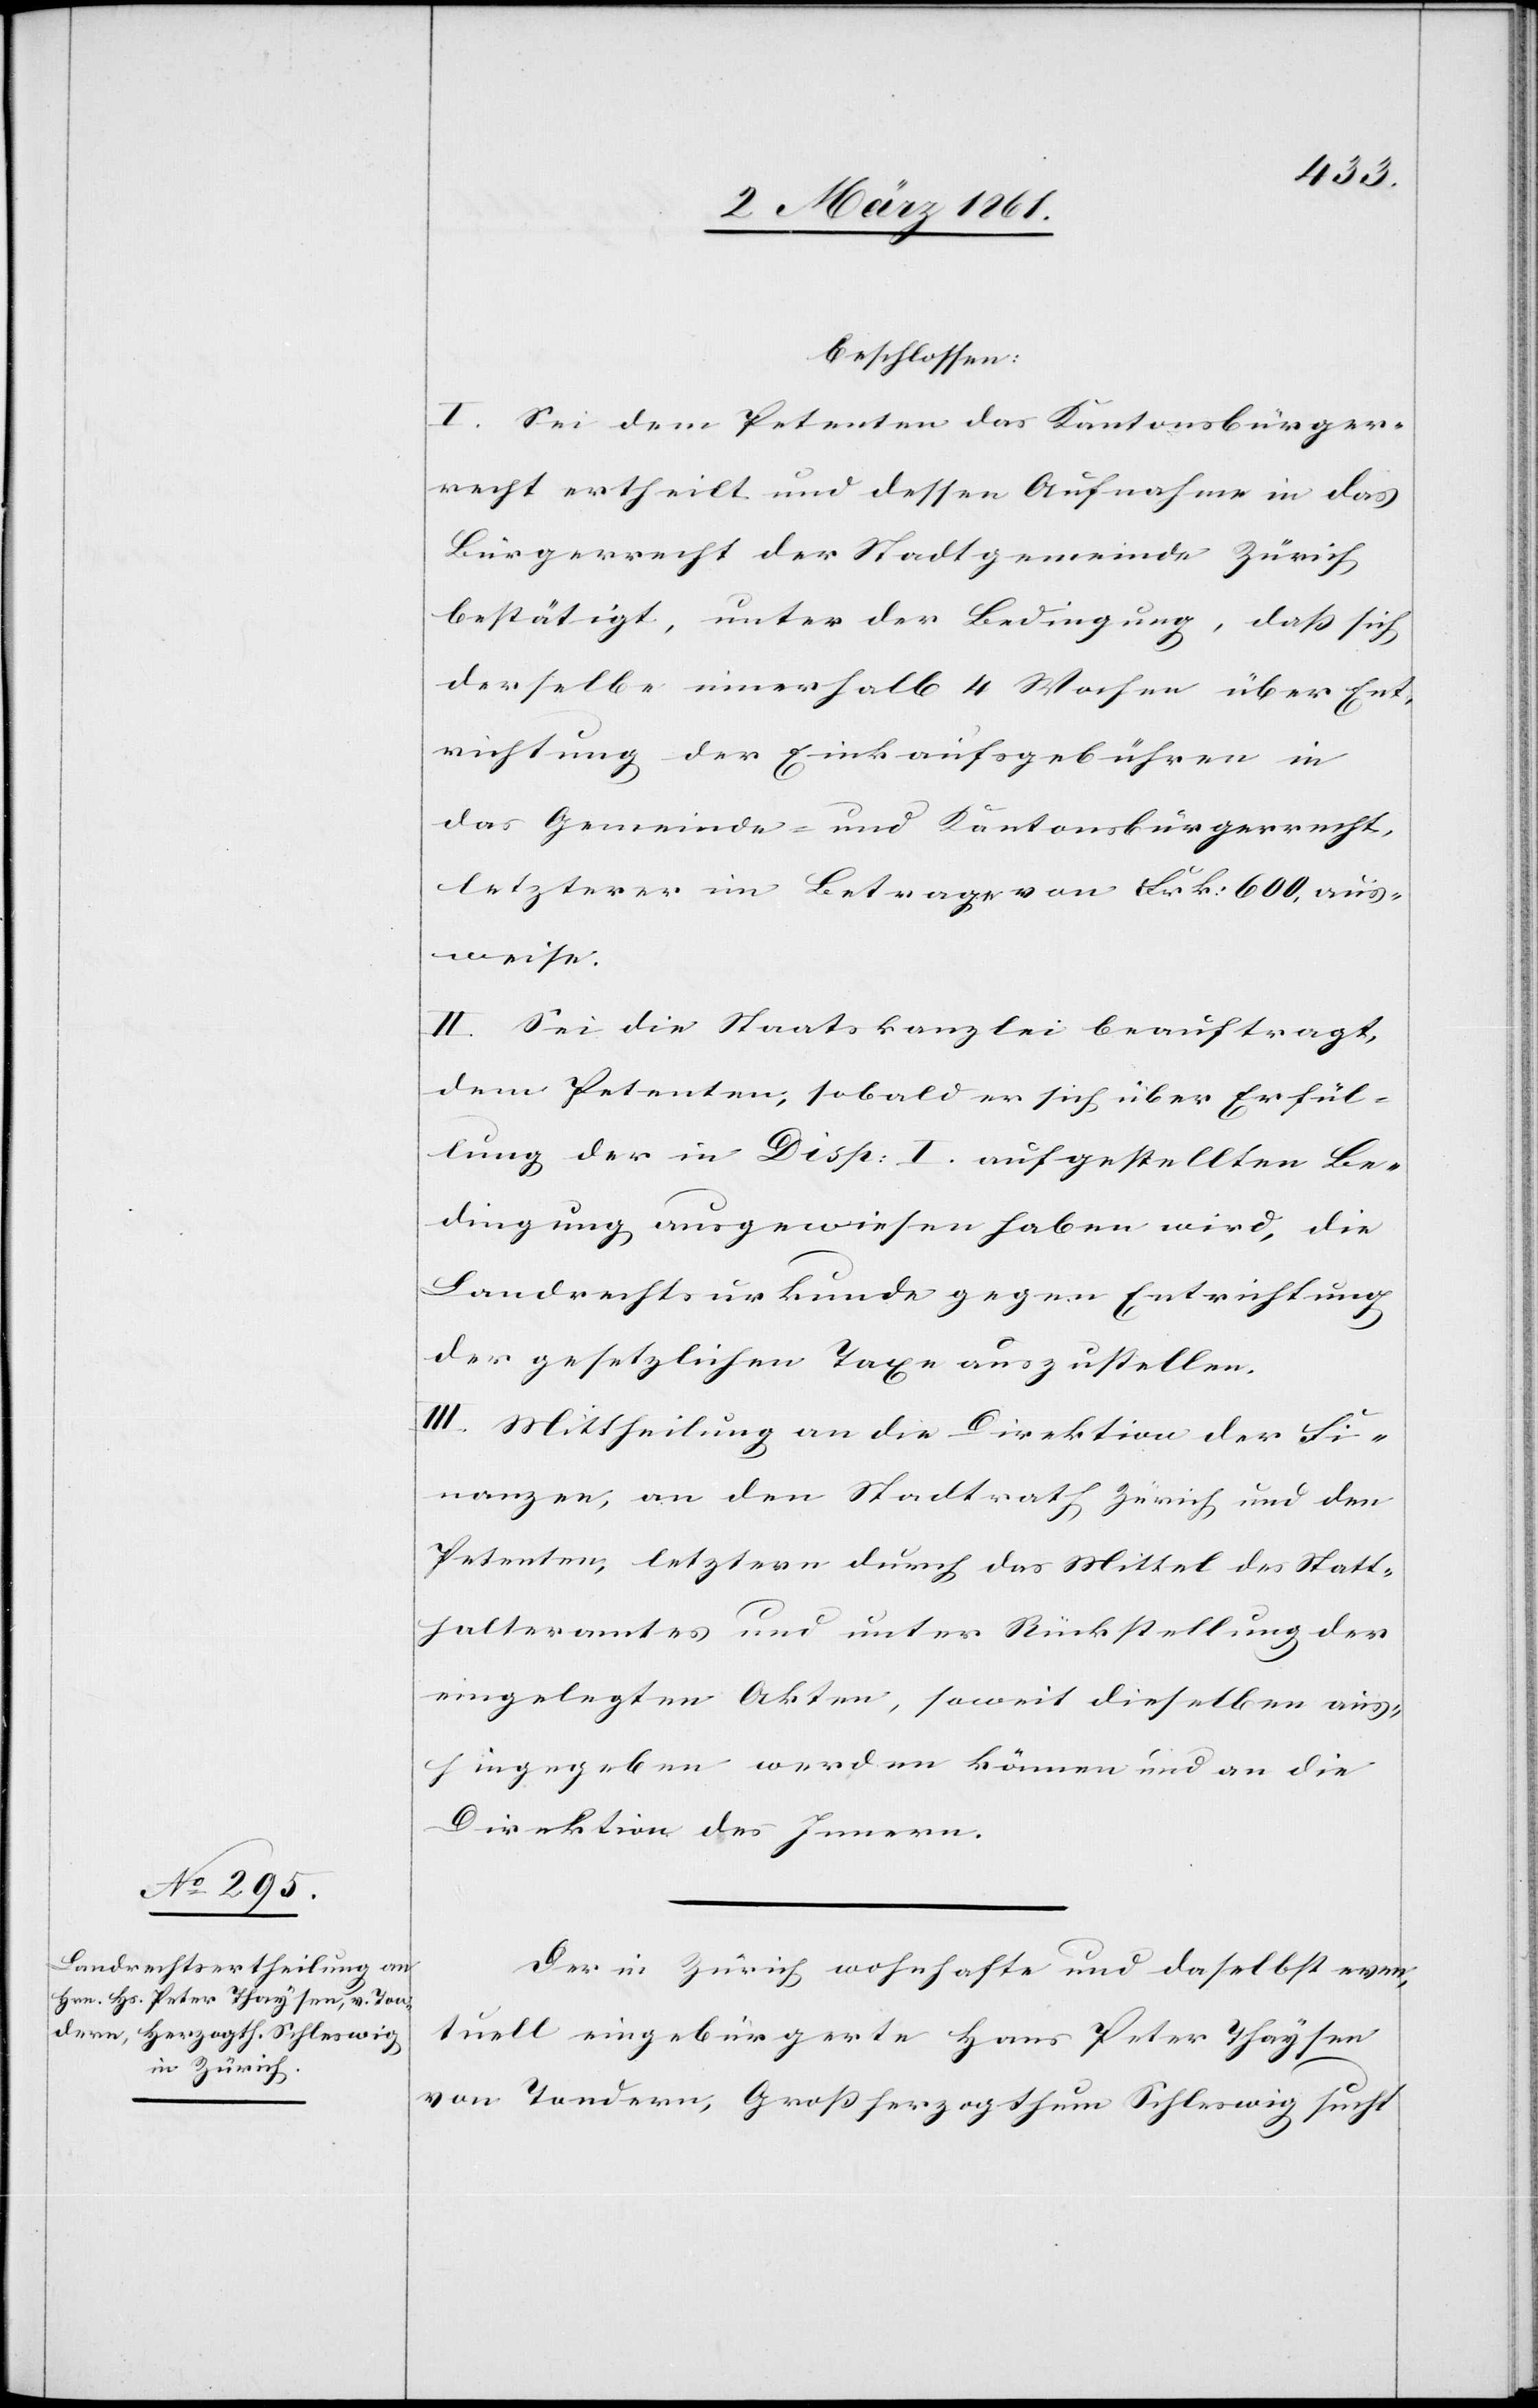
beschlossen:
I. Sei dem Petenten das Kantonsbürger¬
recht ertheilt und dessen Aufnahme in das
Bürgerrecht der Stadtgemeinde Zürich
bestätigt, unter der Bedingung, dass sich
derselbe innerhalb 4 Wochen über Ent¬
richtung der Einkaufsgebühren in
das Gemeinde- und Kantonsbürgerrecht,
letzterer im Betrage von Frk. 600 aus¬
weise.
II. Sei die Staatskanzlei beauftragt,
dem Petenten, sobald er sich über Erfül¬
lung der in Disp: I aufgestellten Be¬
dingung ausgewiesen haben wird, die
Landrechtsurkunde gegen Entrichtung
der gesetzlichen Taxe auszustellen.
III. Mittheilung an die Direktion der Fi¬
nanzen, an den Stadtrath Zürich und den
Petenten, letztern durch das Mittel des Statt¬
halteramtes und unter Rückstellung der
eingelegten Akten, soweit dieselben aus¬
hingegeben werden können und an die
Direktion des Innern.
Der in Zürich wohnhafte und daselbst even¬
tuell eingebürgerte Hans Peter Thaysen
von Tandern, Grossherzogthum Schleswig sucht